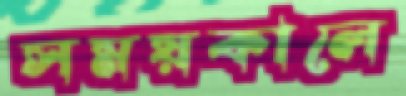
সময়কালে